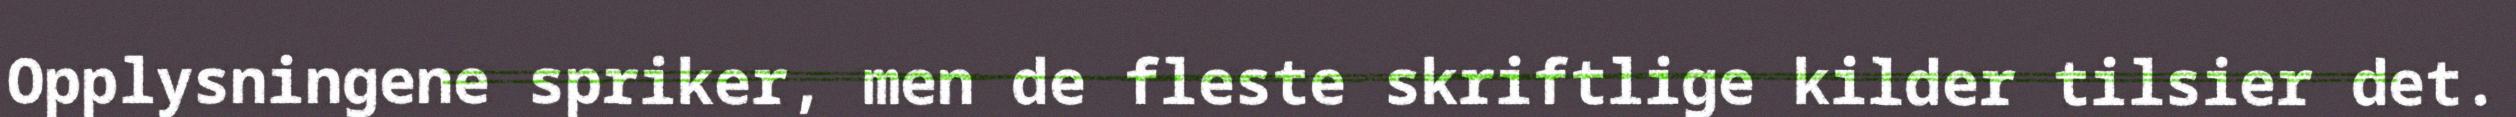
Opplysningene spriker, men de fleste skriftlige kilder tilsier det.